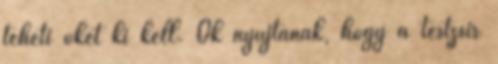
teheti őket ki kell. Ők nyújtanak, hogy a testzsír